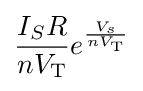
{\frac {I_{S}R}{nV_{\text{T}}}}e^{\frac {V_{s}}{nV_{\text{T}}}}